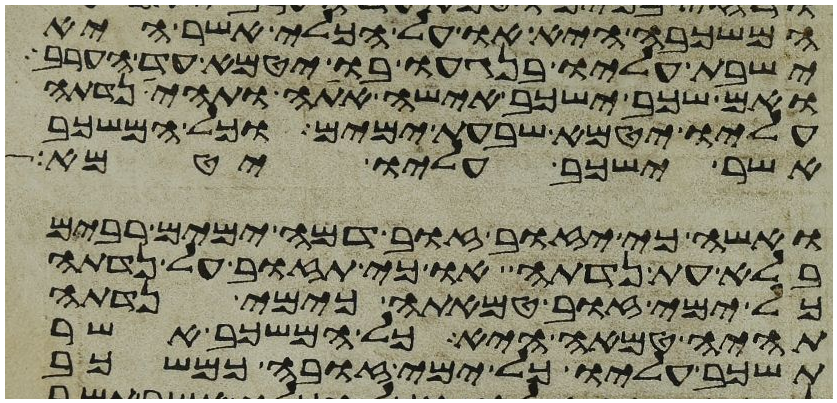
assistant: המשכבה היא או על הכלי אשר היא
ישבת עליו בנגעו בו יטמא עד הערב
ואם שכב ישכב אישה אתה ותהי נדתה
עליו יטמא שבעת ימים וכל המשכב
אשר ישכב עליו יטמא
ואשה כי יזוב זוב דמה ימים רבים
בלא עת נדתה או כי תזוב על נדתה
כל ימי זוב טמאתה כימי נדתה
תהיה טמאה היא כל המשכב אשר
תשכב עליו כל ימי זובה כמשכב